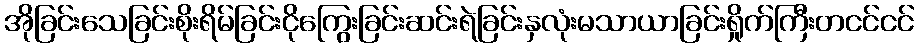
အိုခြင်းသေခြင်းစိုးရိမ်ခြင်းငိုကြွေးခြင်းဆင်းရဲခြင်းနှလုံးမသာယာခြင်းရှိုက်ကြီးတငင်ငင်